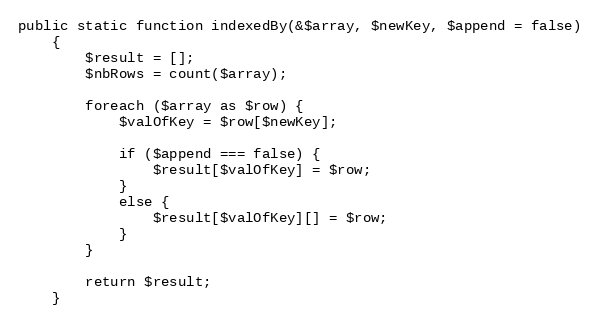
Language: PHP
public static function indexedBy(&$array, $newKey, $append = false)
    {
        $result = [];
        $nbRows = count($array);

        foreach ($array as $row) {
            $valOfKey = $row[$newKey];

            if ($append === false) {
                $result[$valOfKey] = $row;
            }
            else {
                $result[$valOfKey][] = $row;
            }
        }

        return $result;
    }